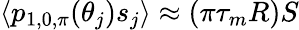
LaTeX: \langle p_{1,0,\pi}(\theta_{j})s_{j}\rangle\approx(\pi\tau_{m}R)S